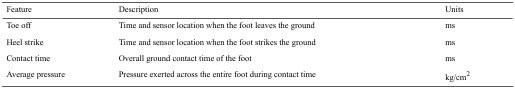
| Feature | Description | Units |
 | --- | --- | --- |
 | Toe off | Time and sensor location when the foot leaves the ground | ms |
 | Heel strike | Time and sensor location when the foot strikes the ground | ms |
 | Contact time | Overall ground contact time of the foot | ms |
 | Average pressure | Pressure exerted across the entire foot during contact time | kg/cm2 |